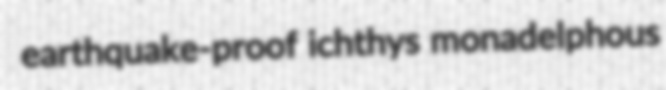
earthquake-proof ichthys monadelphous